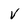
Character: V